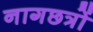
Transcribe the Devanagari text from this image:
नागछत्रों